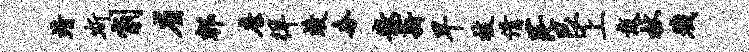
靖斯削省郫詹徉竣奢散薪早技倩茫艮上戴杖戮